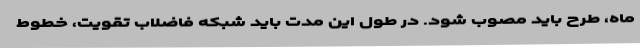
ماه، طرح باید مصوب شود. در طول این مدت باید شبکه فاضلاب تقویت، خطوط